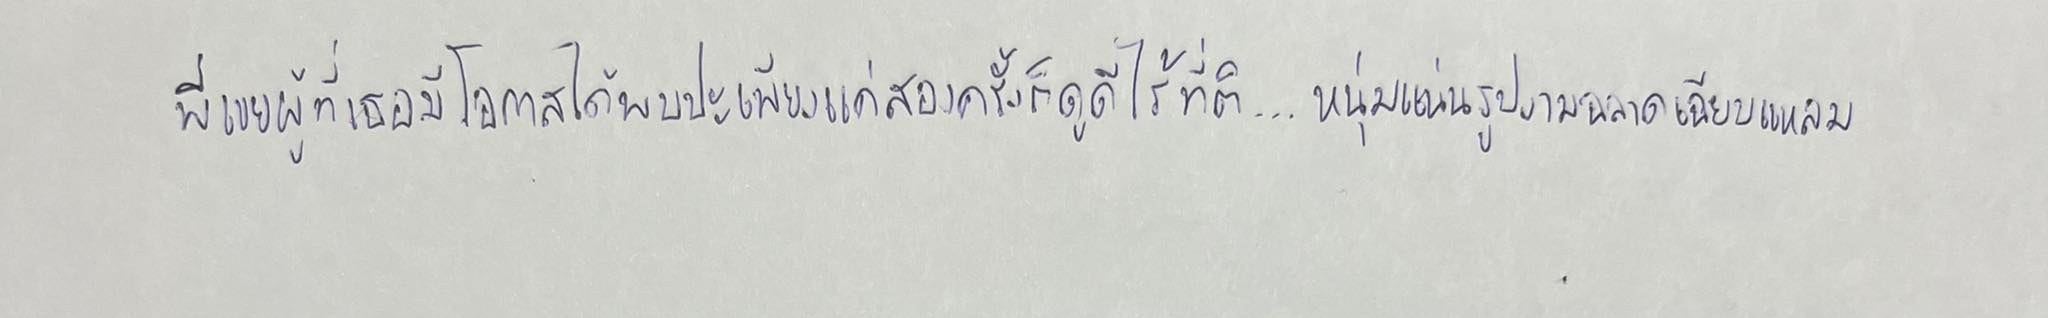
พี่เขยผู้ที่เธอมีโอกาสได้พบปะเพียงแค่สองครั้งก็ดูดีไร้ที่ติ...หนุ่มแน่นรูปงามฉลาดเฉียบแหลม